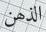
الذھن